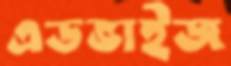
এডভাইজ